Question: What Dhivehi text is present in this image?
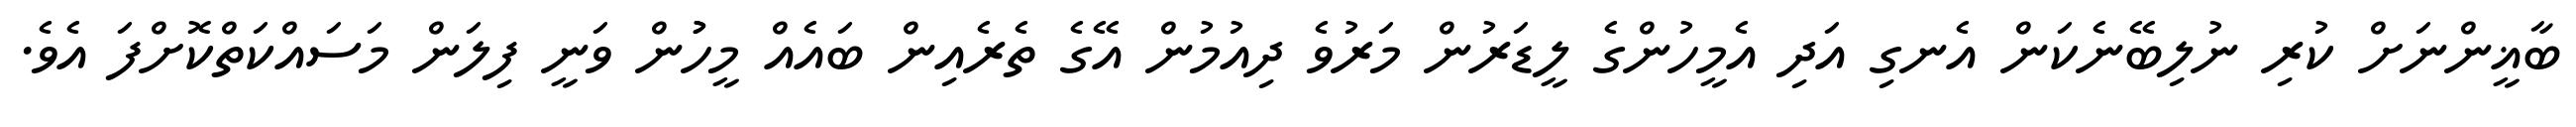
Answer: ބާޣީންނަށް ކުރި ނުލިބޭނެކަން އެނގި އަދި އެމީހުންގެ ލީޑަރުން މަރުވެ ދިއުމުން އޭގެ ތެރެއިން ބައެއް މީހުުން ވަނީ ފިލަން މަސައްކަތްކޮށްފަ އެވެ.